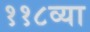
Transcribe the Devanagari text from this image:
११८व्या